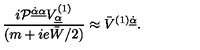
{ \displaystyle \frac { i { \cal P } ^ { \underline { { \dot { \alpha } \alpha } } } V _ { \underline { \alpha } } ^ { ( 1 ) } } { ( m + i e \bar { W } / 2 ) } \approx \bar { V } ^ { ( 1 ) \underline { { \dot { \alpha } } } } . }